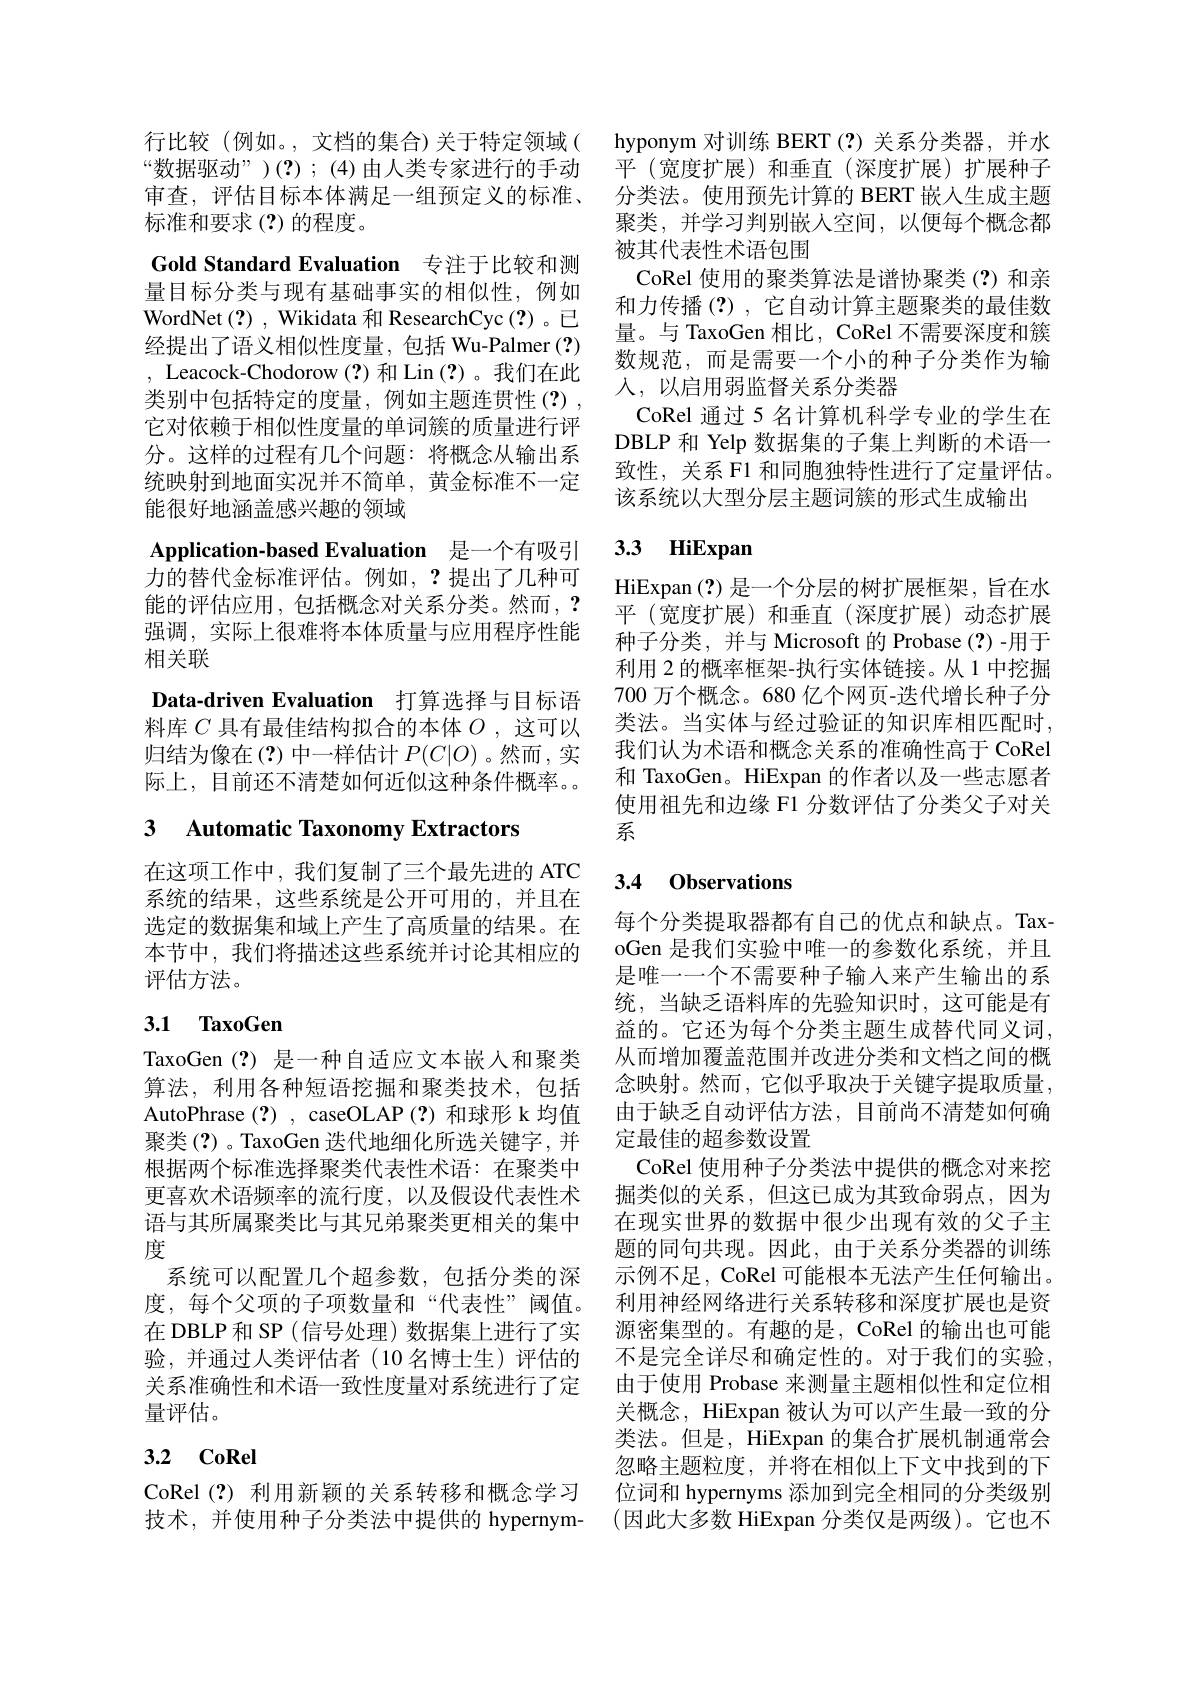
Gold Standard Evaluation 专注于比较和测

标准和要求(?)的程度。
量目标分类与现有基础事实的相似性，例如WordNet (?), Wikidata 和 ResearchCyc(?)。已经提出了语义相似性度量，包括 Wu-Palmer (?) , Leacock-Chodorow (?)和 Lin (?)。我们在此类别中包括特定的度量，例如主题连贯性(?), 它对依赖于相似性度量的单词簇的质量进行评分。这样的过程有几个问题：将概念从输出系统映射到地面实况并不简单，黄金标准不一定能很好地涵盖感兴趣的领域
Application-based Evaluation 是一个有吸引力的替代金标准评估。例如，?提出了几种可能的评估应用，包括概念对关系分类。然而，? 强调，实际上很难将本体质量与应用程序性能相关联
Data-driven Evaluation 打算选择与目标语料库$C$具有最佳结构拟合的本体$O$,这可以归结为像在(?)中一样估计$P(C|O)$ 。然而，实际上，目前还不清楚如何近似这种条件概率。。

3 Automatic Taxonomy Extractors

在这项工作中，我们复制了三个最先进的 ATC 系统的结果，这些系统是公开可用的，并且在选定的数据集和域上产生了高质量的结果。在本节中，我们将描述这些系统并讨论其相应的评估方法。

# 3.1 TaxoGen

语与其所属聚类比与其兄弟聚类更相关的集中
度
关系准确性和术语一致性度量对系统进行了定
量评估。

## 3.2 $\mathbf{CoRel}$

行比较(例如。,文档的集合)关于特定领域( hyponym 对训练 BERT(?) 关系分类器，并水“数据驱动”)(?);(4)由人类专家进行的手动 平(宽度扩展)和垂直(深度审查，评估目标本体满足一组预定义的标准、 分类法。使用预先计算的 BERT 嵌人生成主题
聚类，并学习判别嵌人空间，以便每个概念都
被其代表性术语包围
CoRel 使用的聚类算法是谱协聚类(?)和亲和力传播(?),它自动计算主题聚类的最佳数量。与 TaxoGen 相比，CoRel 不需要深度和簇数规范，而是需要一个小的种子分类作为输人，以启用弱监督关系分类器
CoRel 通过 5 名计算机科学专业的学生在DBLP 和 Yelp 数据集的子集上判断的术语一致性，关系 F1 和同胞独特性进行了定量评估。该系统以大型分层主题词簇的形式生成输出

# 3.3 HiExpan

HiExpan (?) 是一个分层的树扩展框架，旨在水平(宽度扩展)和垂直(深度扩展)动态扩展种子分类，并与 Microsoft 的 Probase(?)-用于利用 2 的概率框架-执行实体链接。从 1 中挖掘700 万个概念。680 亿个网页-迭代增长种子分类法。当实体与经过验证的知识库相匹配时， 我们认为术语和概念关系的准确性高于 CoRel 和 TaxoGen。HiExpan 的作者以及一些志愿者使用祖先和边缘 F1 分数评估了分类父子对关系

## 3.4 0bservations

每个分类提取器都有自己的优点和缺点。TaxoGen 是我们实验中唯一的参数化系统，并且是唯一一个不需要种子输人来产生输出的系统，当缺乏语料库的先验知识时，这可能是有益的。它还为每个分类主题生成替代同义词，
TaxoGen(?)是一种自适应文本嵌人和聚类 从而增加覆盖范围并改进分类和文档之间的概算法，利用各种短语挖掘和聚类技术，包括 念映射。然而，它似乎取决于关键字提取质量， AutoPhrase (?) , caseOLAP (?) 和球形 k 均值 由于缺乏自动评估方法，目前尚不清楚如何确聚类(?)。TaxoGen 迭代地细化所选关键字，并 定最佳的超参数设置
根据两个标准选择聚类代表性术语：在聚类中 CoRel 使用种子分类法中提供的概念对来挖更喜欢术语频率的流行度，以及假设代表性术 掘类似的关系，但这已成为其致命弱点，因为
在现实世界的数据中很少出现有效的父子主题的同句共现。因此，由于关系分类器的训练
系统可以配置几个超参数，包括分类的深 示例不足，CoRel 可能根本无法产生任何输出。度，每个父项的子项数量和“代表性” 阈值。利用神经网络进行关系转移和深度扩展也是资在 DBLP 和 SP (信号处理) 数据集上进行了实 源密集型的。有趣的是，CoRel 的输出也可能验，并通过人类评估者 (10 名博士生)评估的 不是完全详尽和确定性的。对于
由于使用 Probase 来测量主题相似性和定位相关概念，HiExpan 被认为可以产生最一致的分类法。但是，HiExpan 的集合扩展机制通常会忽略主题粒度，并将在相似上下文中找到的下
CoRel (?) 利用新颖的关系转移和概念学习 位词和 hypernyms 添加到完全相同的分类级别技术，并使用种子分类法中提供的 hypernym- (因此大多数 HiExpan 分类仅是两级)。它也不